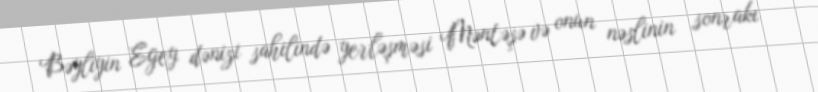
Bəyliyin Egey dənizi sahilində yerləşməsi Məntəşə və onun nəslinin sonrakı